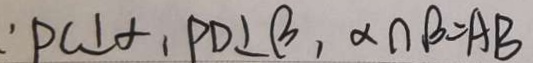
\because P C \bot \alpha , P D \bot \beta , \alpha \cap B = A B